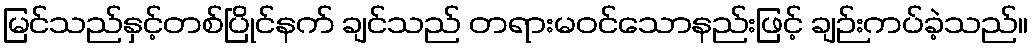
မြင်သည်နှင့်တစ်ပြိုင်နက် ချင်သည် တရားမဝင်သောနည်းဖြင့် ချဉ်းကပ်ခဲ့သည်။